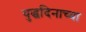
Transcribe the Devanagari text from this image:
युद्धदिनाच्या